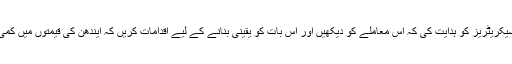
عمران خان نے صوبائی وزرائے اعلیٰ اور چیف سیکریٹریز کو ہدایت کی کہ اس معاملے کو دیکھیں اور اس بات کو یقینی بنانے کے لیے اقدامات کریں کہ ایندھن کی قیمتوں میں کمی کے اثرات اشیائے ضروریہ کی قیمتوں پر پڑیں۔